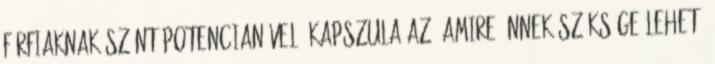
férfiaknak szánt potencianövelő kapszula az, amire Önnek szüksége lehet.